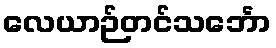
လေယာဉ်တင်သင်္ဘော